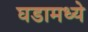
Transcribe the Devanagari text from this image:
घडामध्ये